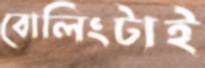
বোলিংটাই